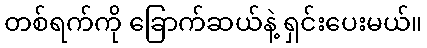
တစ်ရက်ကို ခြောက်ဆယ်နဲ့ ရှင်းပေးမယ်။